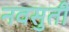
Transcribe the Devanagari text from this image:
नवसुती